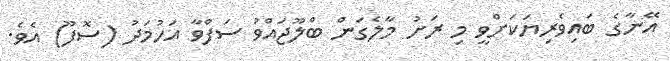
އޭނާގެ ބައިވެރިޔަކަށްވީ މި ރަށު މާލެގަން ބްލޫޖައްވު ސަފްވާ އަހުމަދު (ސޮފޫ) އެެވެ.